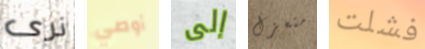
نرى أوصي إلى منعزل فشلت